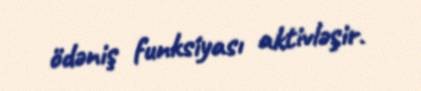
ödəniş funksiyası aktivləşir.